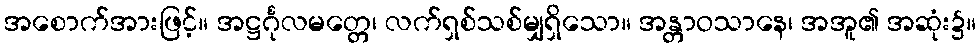
အစောက်အားဖြင့်။ အဋ္ဌင်္ဂုလမတ္တေ၊ လက်ရှစ်သစ်မျှရှိသော။ အန္တာဝသာနေ၊ အအူ၏ အဆုံး၌။